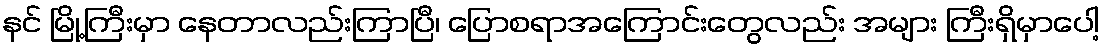
နင် မြို့ကြီးမှာ နေတာလည်းကြာပြီ၊ ပြောစရာအကြောင်းတွေလည်း အများ ကြီးရှိမှာပေါ့